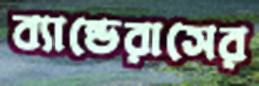
ব্যান্ডেরাসের